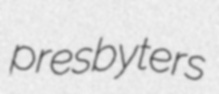
presbyters